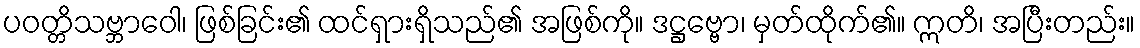
ပဝတ္တိသဗ္ဘာဝေါ၊ ဖြစ်ခြင်း၏ ထင်ရှားရှိသည်၏ အဖြစ်ကို။ ဒဋ္ဌဗ္ဗော၊ မှတ်ထိုက်၏။ ဣတိ၊ အပြီးတည်း။